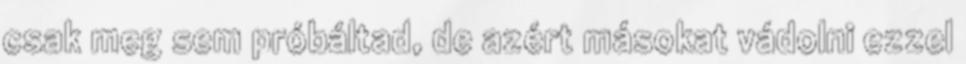
csak meg sem próbáltad, de azért másokat vádolni ezzel